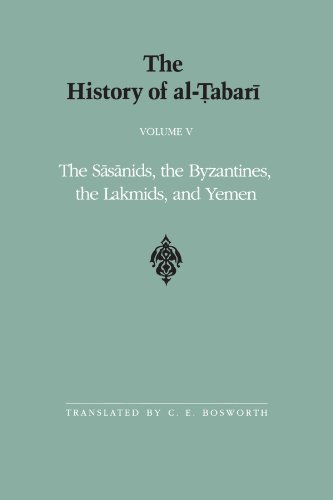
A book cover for The History of Al-Tabari: The Sasanids, the Byzantines, the Lakmids,; History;